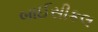
બાઈસીકલ